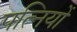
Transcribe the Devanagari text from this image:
पत्‍िनयों